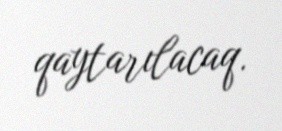
qaytarılacaq.